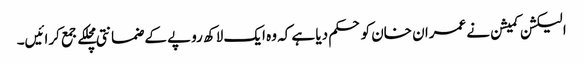
الیکشن کمیشن نے عمران خان کو حکم دیا ہے کہ وہ ایک لاکھ روپے کے ضمانتی مچلکے جمع کرائیں۔